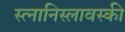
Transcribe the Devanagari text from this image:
स्त्नानिस्लावस्की